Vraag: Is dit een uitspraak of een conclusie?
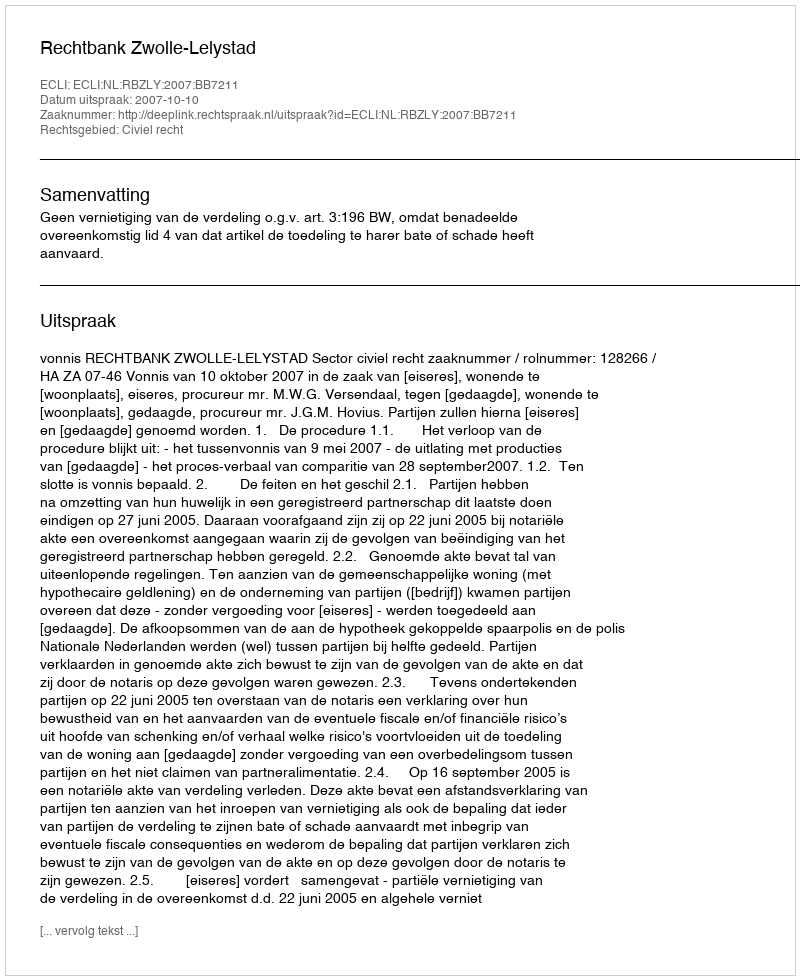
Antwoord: Uitspraak